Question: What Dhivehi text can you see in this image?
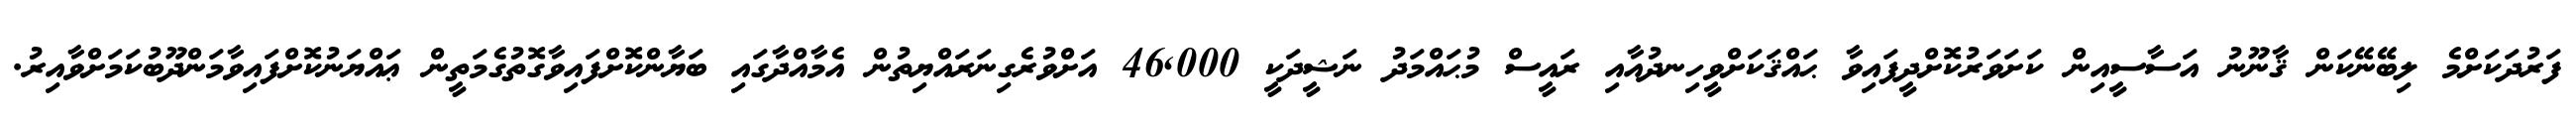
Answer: ފަރުދަކަށްމެ ލިބޭނޭކަން ޤާނޫނު އަސާސީއިން ކަށަވަރުކޮށްދީފައިވާ ޙައްޤަކަށްވީހިނދުއާއި ރައީސް މުޙައްމަދު ނަޝީދަކީ 46,000 އަށްވުރެގިނަރައްޔިތުން އެމާއްދާގައި ބަޔާންކޮށްފައިވާގޮތުގެމަތީން ޢައްޔަނުކޮށްފައިވާމަންދޫބުކަމަށްވާއިރު.